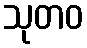
သုတဝ